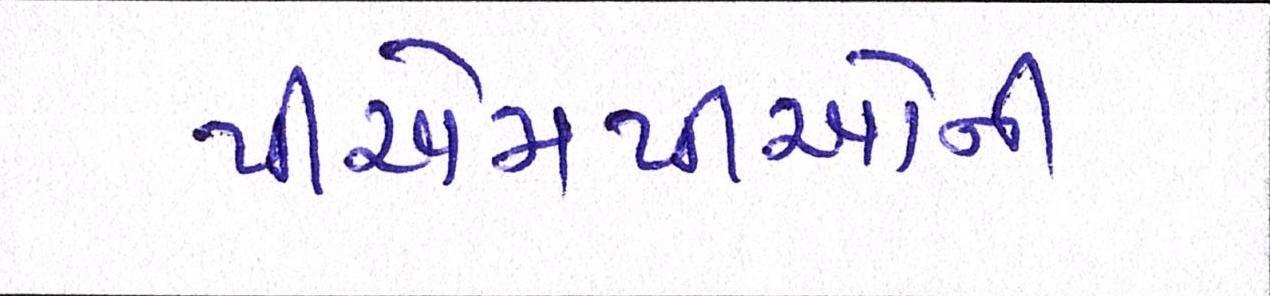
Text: પીએમપીઓની